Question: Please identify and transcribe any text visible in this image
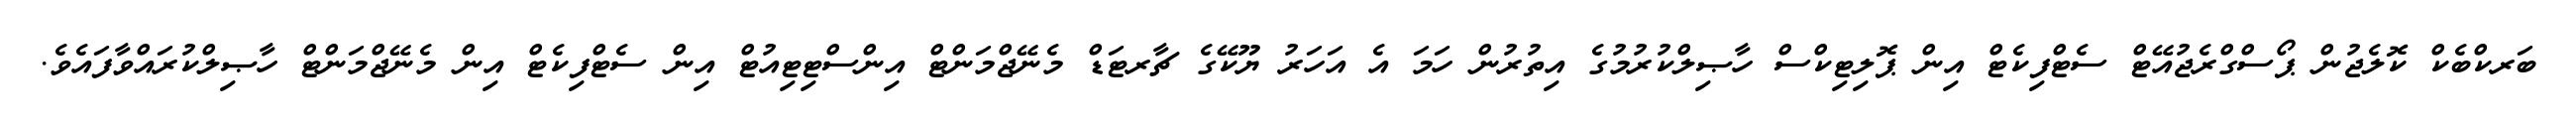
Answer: ބަރކްބެކް ކޮލެޖުން ޕޯސްގްރެޖުއޭޓް ސެޓްފިކެޓް އިން ޕޮލިޓިކްސް ހާޞިލްކުރުމުގެ އިތުރުން ހަމަ އެ އަހަރު ޔޫކޭގެ ޗާރޓަޑް މެނޭޖްމަންޓް އިންސްޓިޓިއުޓް އިން ސެޓްފިކެޓް އިން މެނޭޖްމަންޓް ހާޞިލްކުރައްވާފައެވެ.